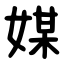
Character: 媒